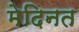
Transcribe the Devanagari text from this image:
मेदिनत